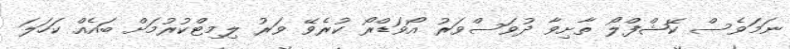
ނަމަވެސް ކޭޝްފްލޯ ތާށިވާ ދުވަސްވަރު އޯވަޑްރޯ ކުރެވޭ ވަރު ލިމިޓްކުރުމަށް ބައެއް ކަހަލަ